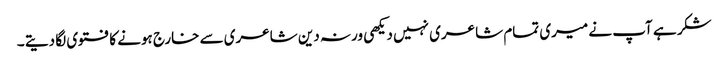
شکر ہے آپ نے میری تمام شاعری نہیں دیکھی ورنہ دین شاعری سے خارج ہونے کا فتوی لگا دیتے ۔